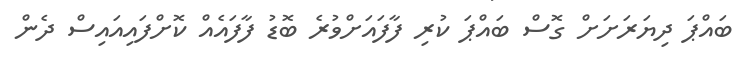
ބައްޕަ ދިޔަރަށަށް ގޮސް ބައްޕަ ކުރި ފާފައަށްވުރެ ބޮޑު ފާފައެއް ކޮށްފައިއައިސް ދެން